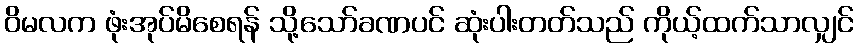
ဝိမလက ဖုံးအုပ်မိစေရန် သို့သော်ခဏပင် ဆုံးပါးတတ်သည် ကိုယ့်ထက်သာလျှင်